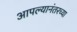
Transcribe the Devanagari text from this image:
आपल्यानंतरच्या